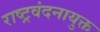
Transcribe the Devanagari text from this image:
राष्ट्रवंदनायुक्त